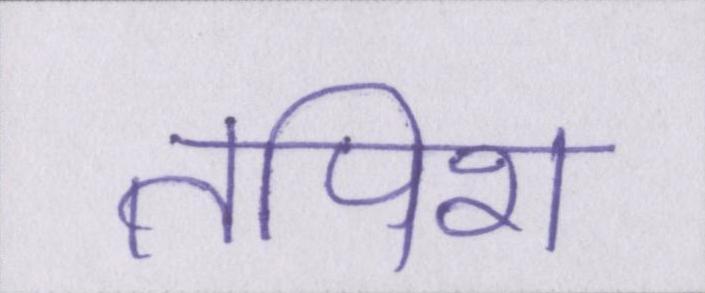
तपिश